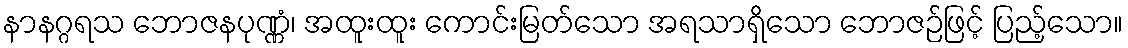
နာနဂ္ဂရသ ဘောဇနပုဏ္ဏံ၊ အထူးထူး ကောင်းမြတ်သော အရသာရှိသော ဘောဇဉ်ဖြင့် ပြည့်သော။